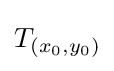
T_{(x_{0},y_{0})}